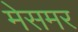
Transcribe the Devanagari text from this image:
मेसमर